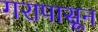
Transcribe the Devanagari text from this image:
गरापासून